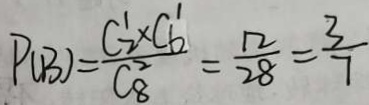
P ( B ) = \frac { C _ { 2 } ^ { 1 } \times C _ { 6 } ^ { 1 } } { C _ { 8 } ^ { 2 } } = \frac { 1 2 } { 2 8 } = \frac { 3 } { 7 }